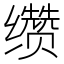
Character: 缵